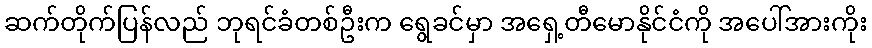
ဆက်တိုက်ပြန်လည် ဘုရင်ခံတစ်ဦးက ရွေခင်မှာ အရှေ့တီမောနိုင်ငံကို အပေါ်အားကိုး